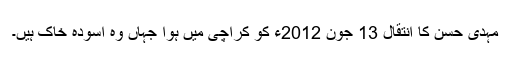
مہدی حسن کا انتقال 13 جون 2012ء کو کراچی میں ہوا جہاں وہ آسودہ خاک ہیں۔